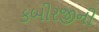
કબીરજીની